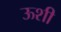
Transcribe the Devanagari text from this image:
ऊशी